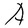
Character: A